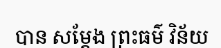
បាន សម្តែង ព្រះធម៌ វិន័យ